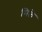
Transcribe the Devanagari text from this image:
मिले